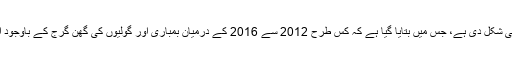
ایک برطانوی صحافی مائیک تھامسن نے ان نوجواں طلبا کی لائبریری قائم کرنے تک کی کاوشوں کو کتابی شکل دی ہے، جس میں بتایا گیا ہے کہ کس طرح 2012 سے 2016 کے درمیان بمباری اور گولیوں کی گھن گرج کے باوجود ان باحوصلہ طلبا نے کھنڈر میں تبدیل ہونے والی عمارت کے تہہ خانے میں لائبریری کی بنیاد رکھی تھی۔